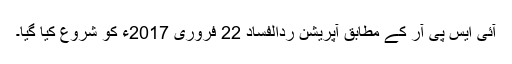
آئی ایس پی آر کے مطابق آپریشن ردالفساد 22 فروری 2017ء کو شروع کیا گیا۔